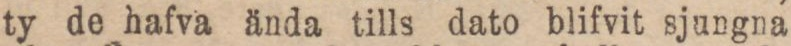
ty de hafva ända tills dato blifvit sjungna